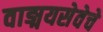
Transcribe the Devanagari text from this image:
वाङ्मयसेवेचे